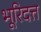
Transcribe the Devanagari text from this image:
भूरिदत्त